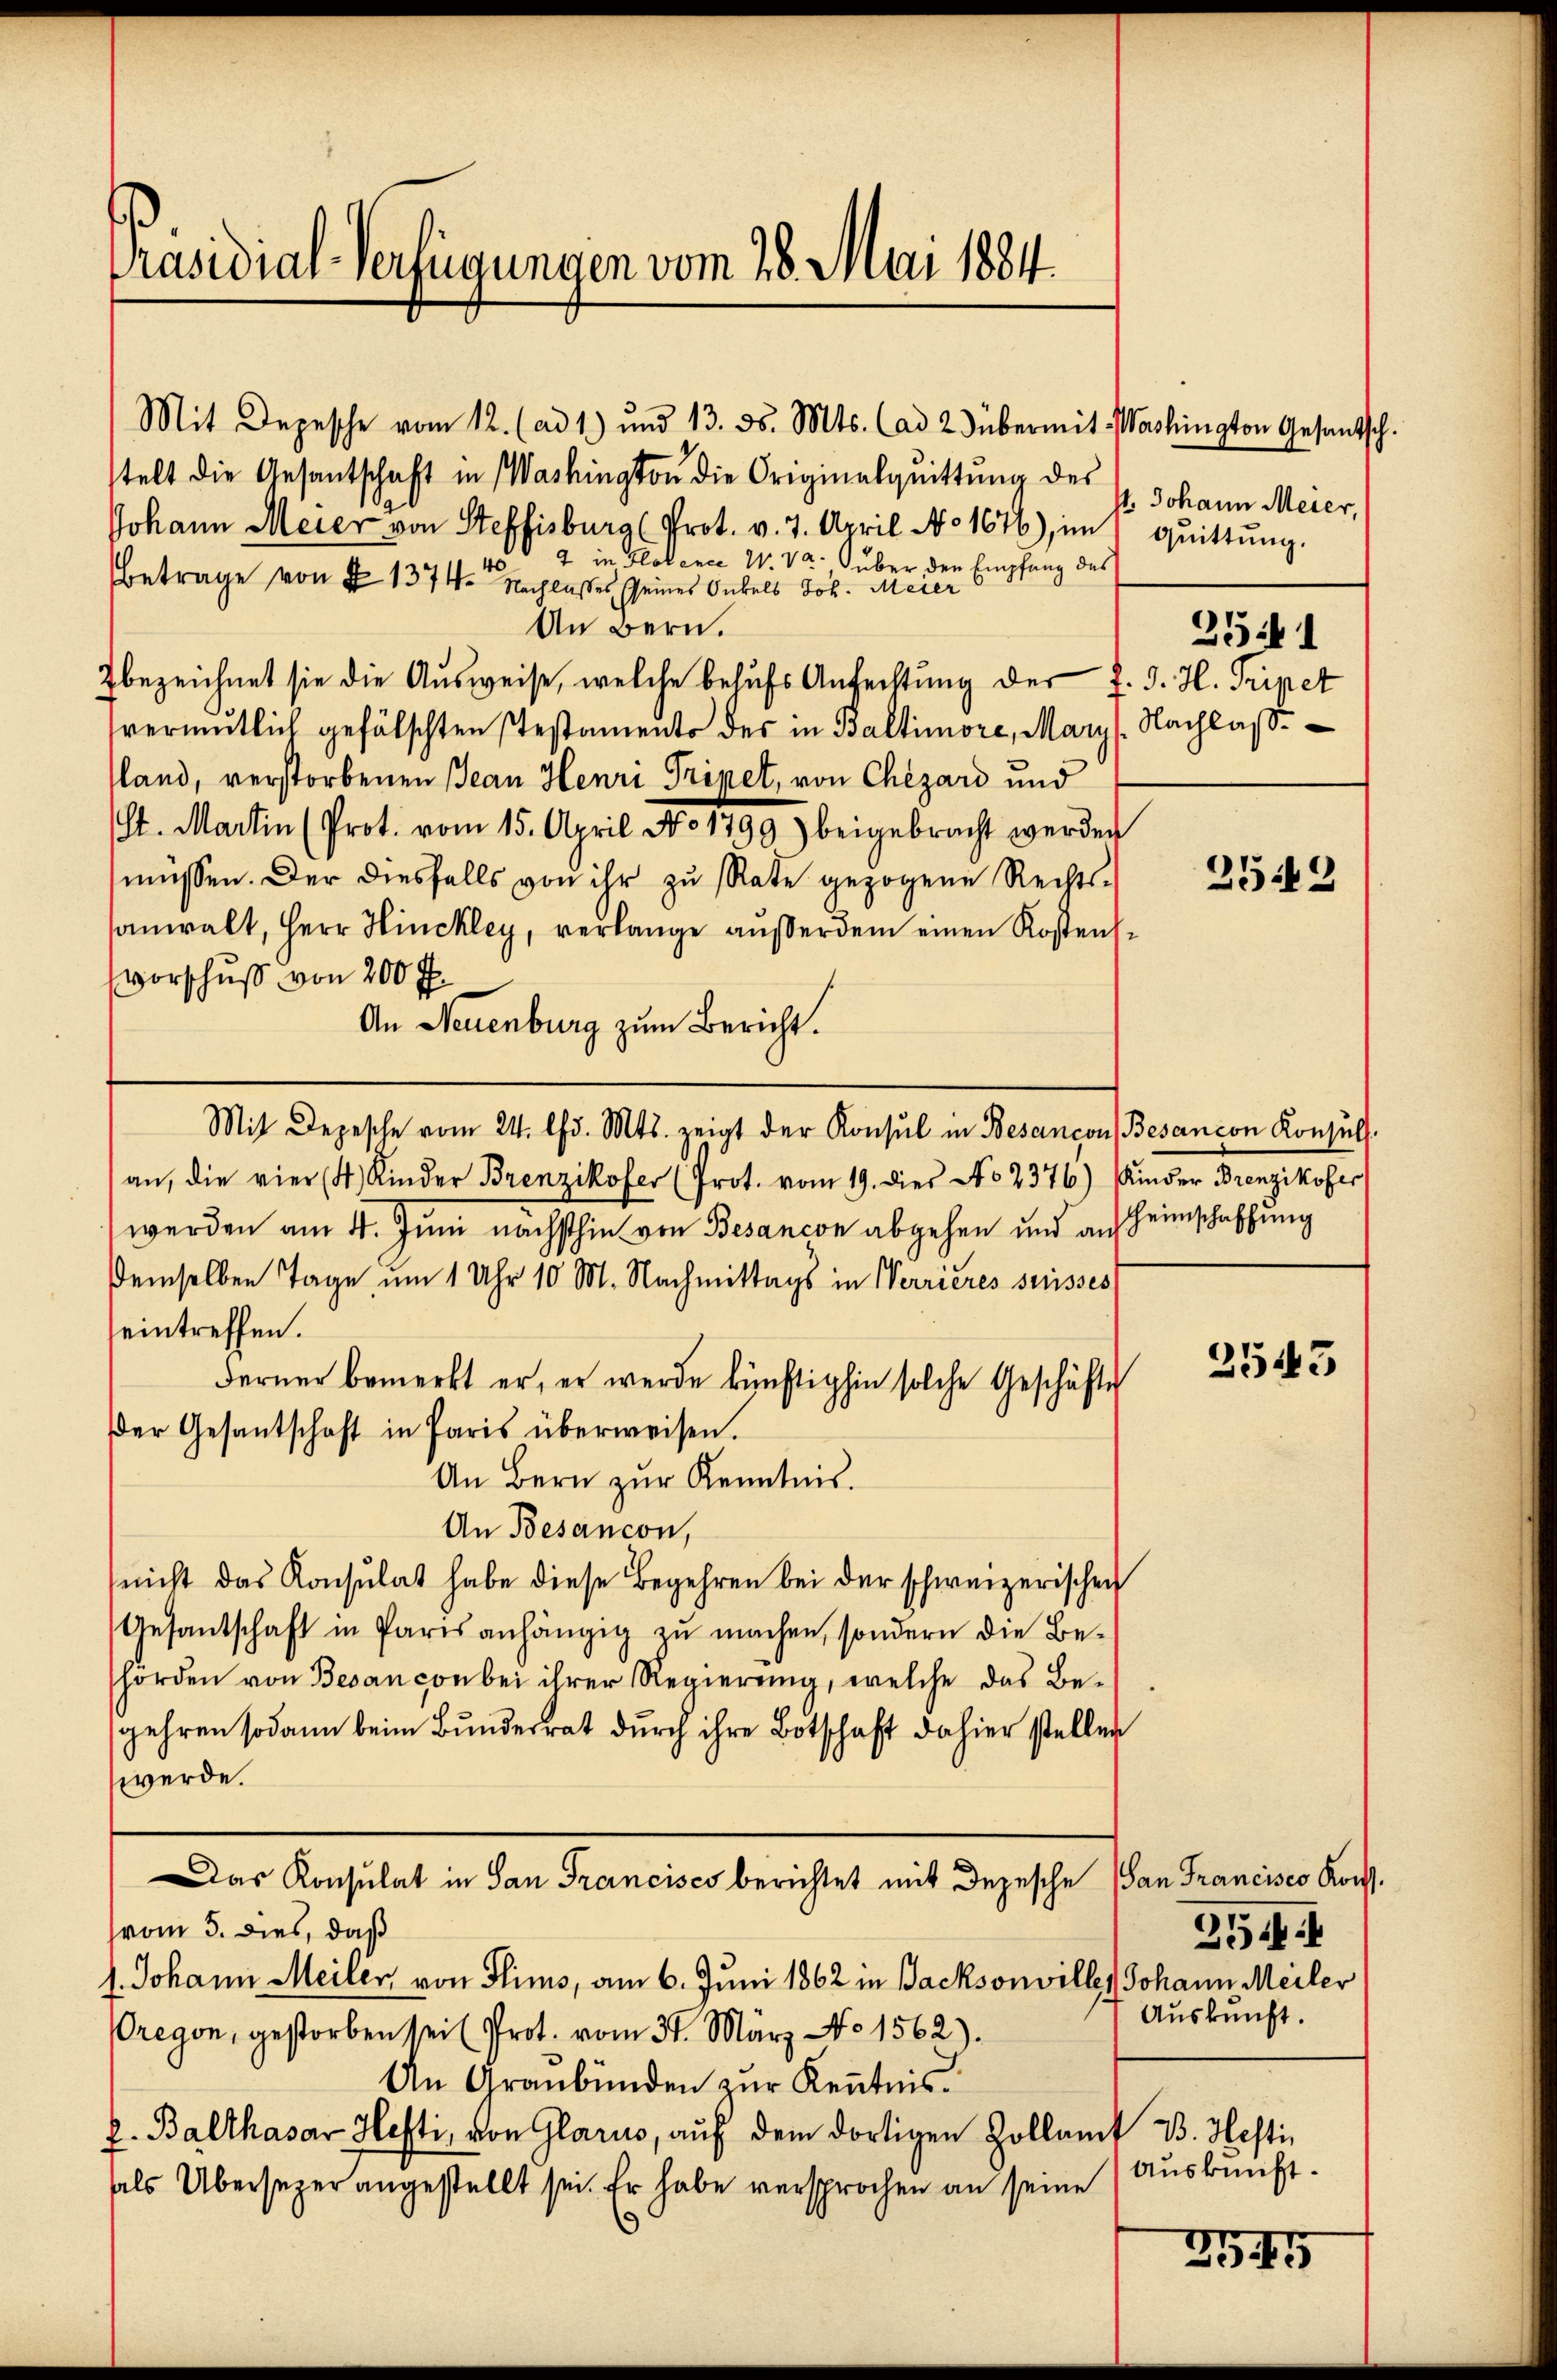
Präsidial-Verfügungen vom 28. Mai 1884.

Mit Depesche vom 12. (ad 1) und 13. ds. Mts. (ad 2 übermit Washington Gesantsch.
stelt die Gesantschaft in Washington die Originalquittŭng des
Johann Meier von Steffisburg (Prot. v. 7. April No 1676), im quittung.
402 in Glokence W. Va. über den Empfang des
Betrage von § 1374. Nachlasses seines Onkels Joh. Meier
An Bern.
bezeichnet sie die Ausweise, welche behufs Anfechtung der J. J. H. Tripet
vermutlich gefälschten Pestamento der in Baltimore, Marys. Nachlaß
land, verstorbenen Jean Henri Pripet, von Chizard und
t. Martin (Prot. vom 15. April No 1799) beigebracht werden
müssen. Der diesfalls von ihr zu Rate gezogene Rechts-
sanwalt, Herr Hinckley, verlange außerdem einen Kostensvorschuß von 200 f.
An Neuenburg zum Bericht.
Mit Depesche vom 24. Chr. Mts. zeigt der Konsul in Besançon Besancon Konsuls.
an, die vier (4) Kinder Brenzikofer (Prot. vom 19. dies No 2376) Kinder Brenzikofer
werden am 4. Juni nächsthin von Besancon abgehen und auf Heimschaffung
demselben Tage, um 1 Uhr 10 M. Nachmittags in Verrieres suisses
eintreffen.
Ferner bemerkt er, er werde künftighin solche Geschäfte
Der Gesantschaft in Paris überweisen.
An Bern zŭr Kenntnis.
An Besançon,
nicht das Konsulat habe diese Begehren bei der schweizerischen
Gesantschaft in Paris anhängig zu machen, sondern die Be-
horden von Besan con bei ihrer Regierŭng, welche das Be-
gehren sodann beim Bundesrat durch ihre Botschaft dahier stellen
werde.
Das Konsulat in San Francisco berichtet mit Depesche (San Francisco Kois.
vom 5. dies, daß
1. Johann Meiler von Flims, am 6. Juni 1862 in Backsonville, Johann Meiler
regen, gestorben sei (Prot. vom 31. März No. 1562).
An Graubünden zur Kenntnis
h. Balthasar Hefti, von Glarus, auf dem dortigen Zollamt B. Hefti,
als Übersezer angestellt sei. Er habe versprochen an seine

4. Johann Meier,
2543

3541

2543

254
Auskunft.
Auskunft.

2545